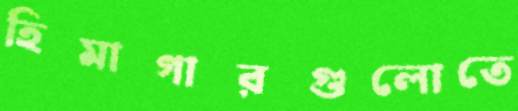
হিমাগারগুলোতে